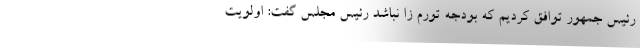
رئیس جمهور توافق کردیم که بودجه تورم زا نباشد رئیس مجلس گفت: اولویت